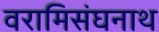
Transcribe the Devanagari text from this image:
वरामिसंघनाथ